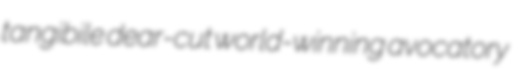
tangibile dear-cut world-winning avocatory